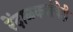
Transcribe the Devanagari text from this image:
रेंदाळकरांचेही